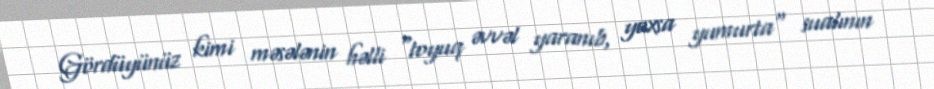
Gördüyünüz kimi məsələnin həlli "toyuq əvvəl yaranıb, yoxsa yumurta" sualının